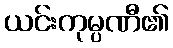
ယင်းကုမ္ပဏီ၏